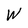
Character: W